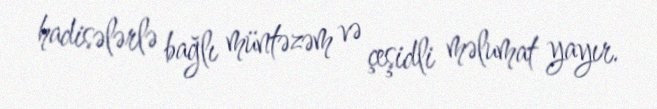
hadisələrlə bağlı müntəzəm və çeşidli məlumat yayır.